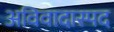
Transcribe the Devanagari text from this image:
अविवादास्पद